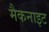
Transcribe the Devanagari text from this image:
मैकनाइट